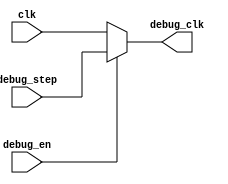
`timescale 1ns / 1ps

module debug_clk(
    input clk, debug_en, debug_step,
    output debug_clk
);
    assign debug_clk = debug_en ? debug_step : clk;
endmodule